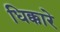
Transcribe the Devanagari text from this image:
धिक्कारे